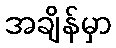
အချိန်မှာ